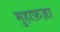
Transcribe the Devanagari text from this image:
मुहाफ़ज़ा